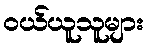
ဝယ်ယူသူများ